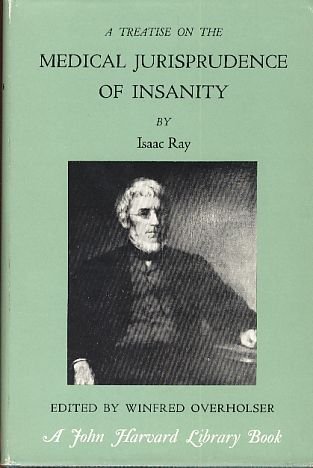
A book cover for Treatise on the Medical Jurisprudence of Insanity; Issac (Editor Winfred Overholser) Ray; Law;